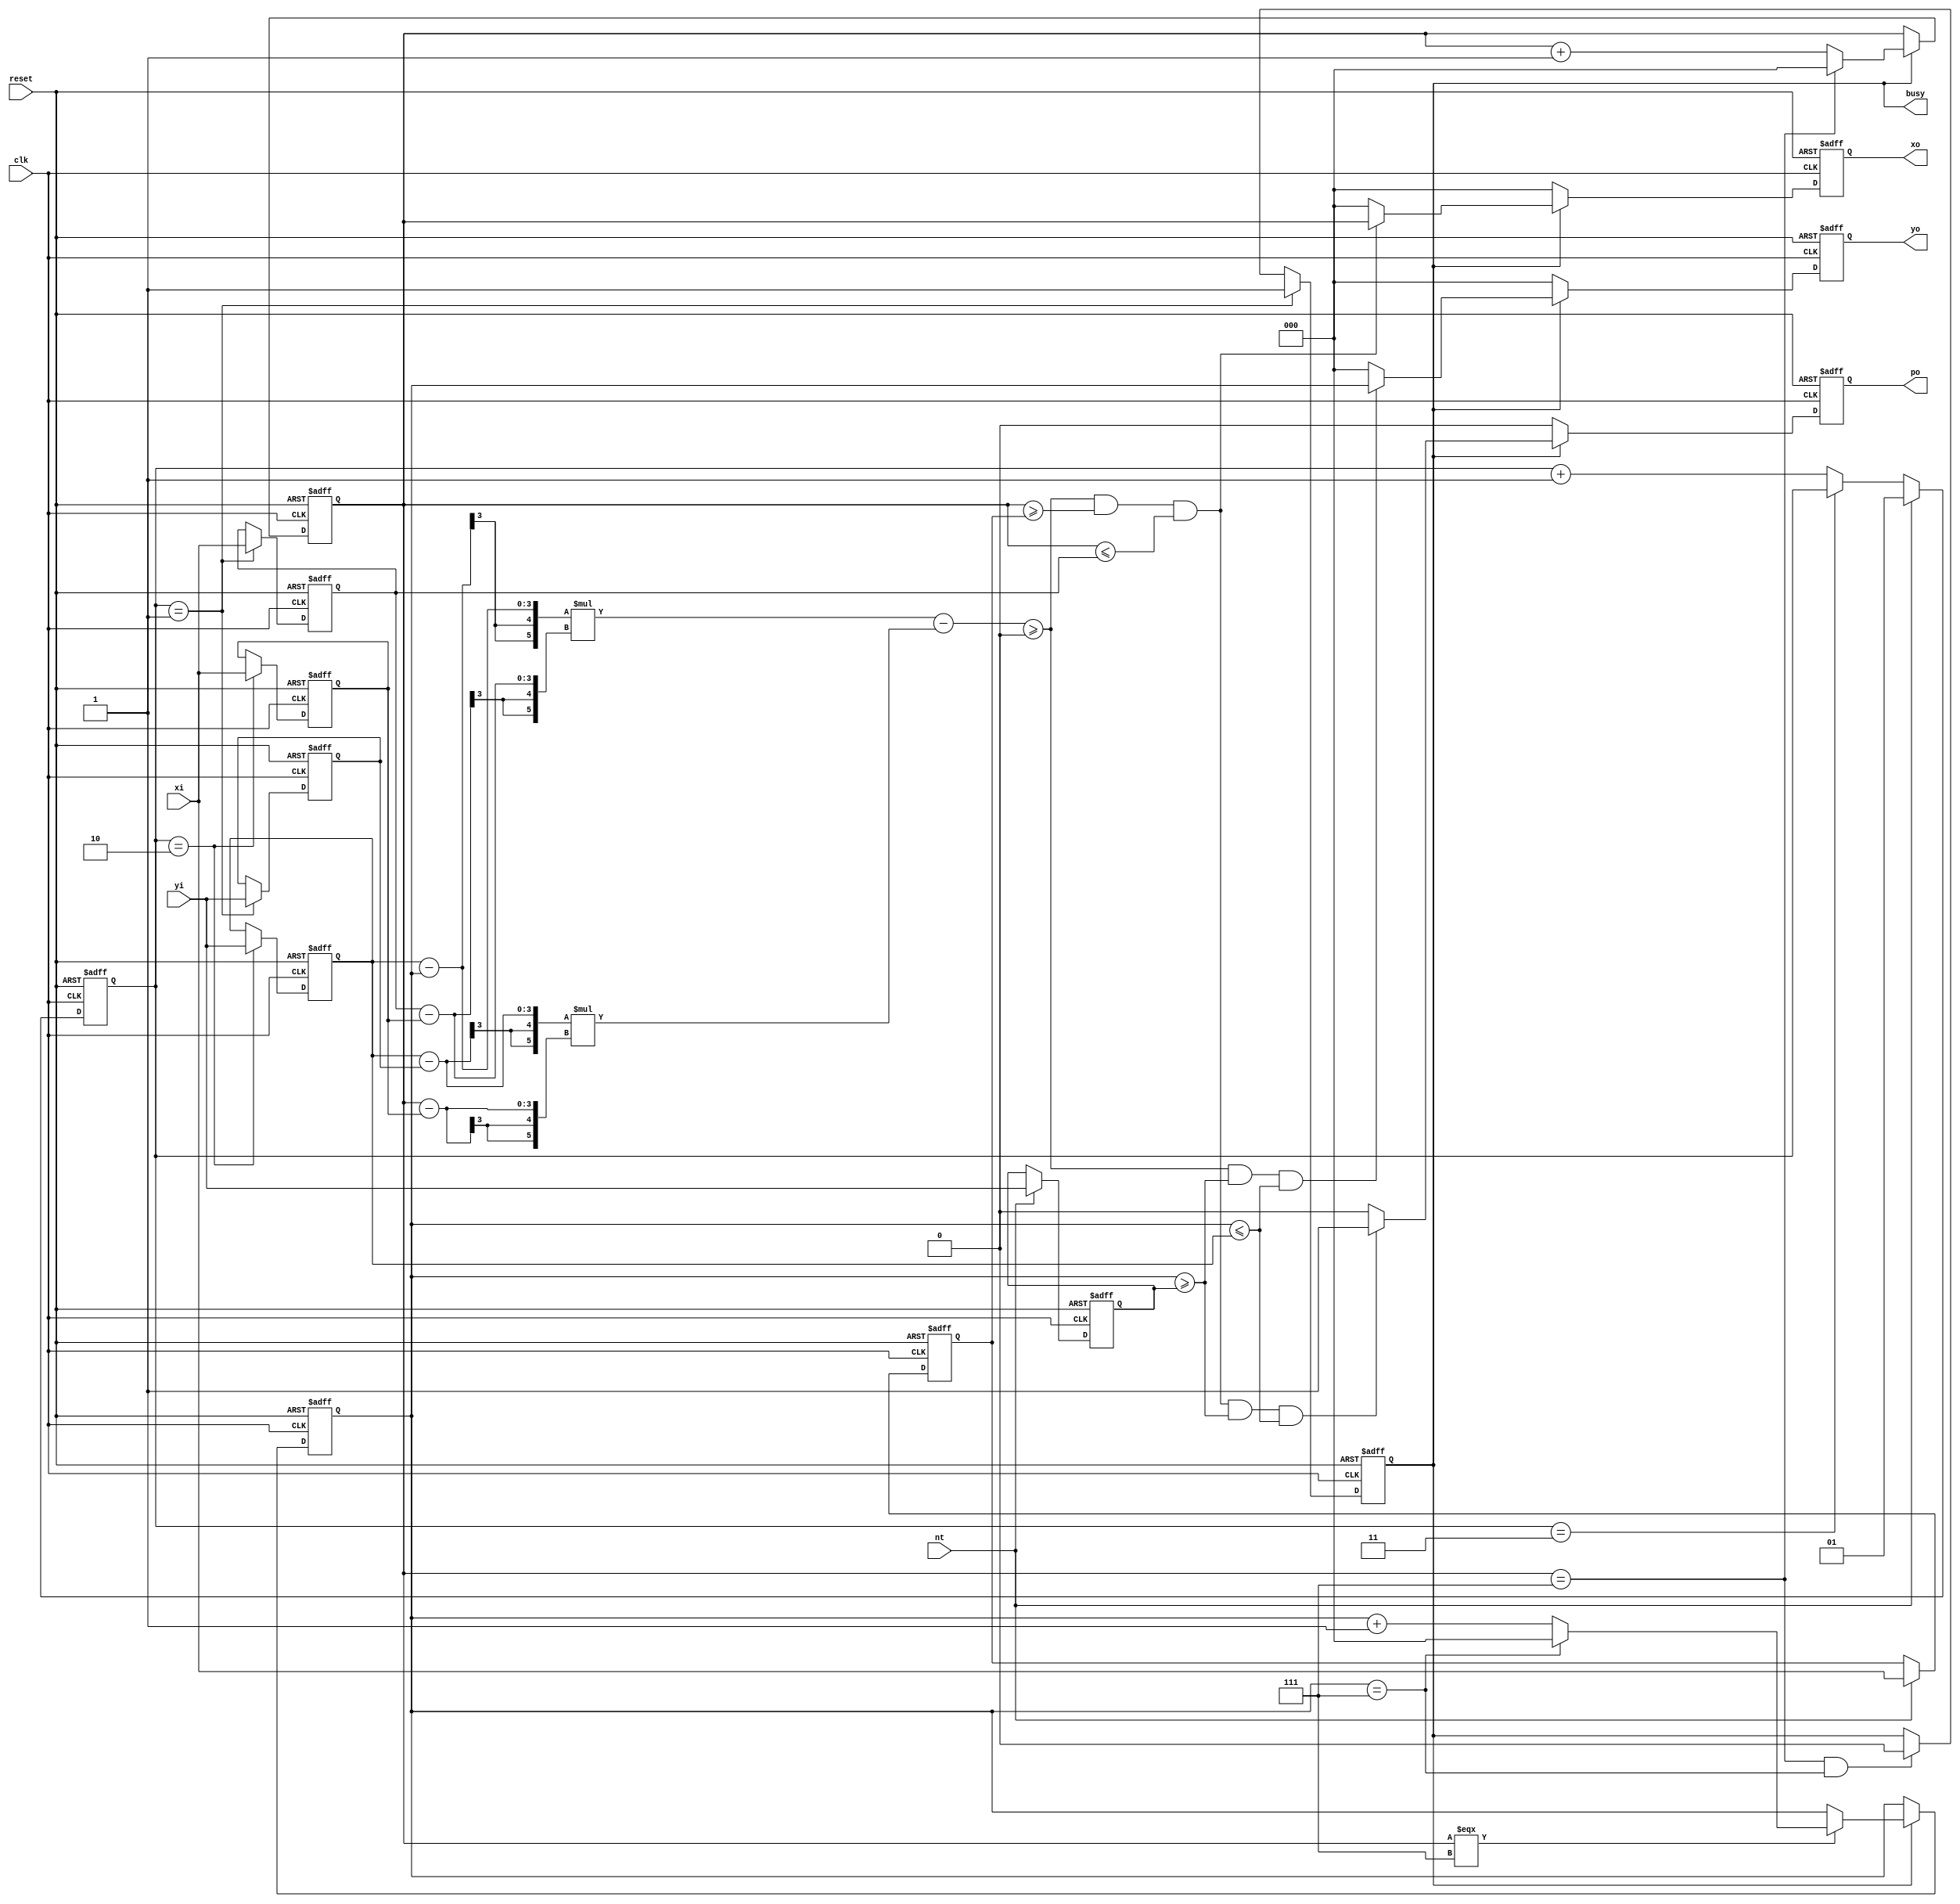
module triangle (clk, reset, nt, xi, yi, busy, po, xo, yo);
  input clk, reset, nt;
  input [2:0] xi, yi;
  output busy, po;
  output [2:0] xo, yo;
  

reg [2:0] x1, x2, x3, y1, y2, y3;
reg busy,po;
reg [2:0] xo, yo;
reg [1:0] in_cnt;
reg [2:0] x_cnt,y_cnt;


wire signed [5:0] minus;
assign minus = ( ( y3 - y_cnt )*(x2 - x3) - (y3 -y2 )*(x_cnt - x3));
wire check;
assign check = minus >= 0;


always@(posedge clk or posedge reset)
begin
  if(reset)
    busy <= 0;
  else if(in_cnt == 2'b01)
    busy <= 1;
  else if(x_cnt == 3'b111 && y_cnt == 3'b111)
    busy <= 0;
end

always@(posedge clk or posedge reset)
begin
  if(reset)
    in_cnt <= 0;
  else if(nt)
    in_cnt <= 1;
  else
    in_cnt <= in_cnt == 2'b11 ? in_cnt : in_cnt + 1;
end

always@(posedge clk or posedge reset)
begin
  if(reset)
    x_cnt <= 0;
  else if(busy)
    x_cnt <= x_cnt == 3'b111 ? 0 : x_cnt + 1;
  
    
end

always@(posedge clk or posedge reset)
begin
  if(reset)
    y_cnt <= 0;
  else if(busy)
    if(x_cnt === 3'b111)
      y_cnt <= y_cnt == 3'b111 ? 0 : y_cnt + 1;
  
end

always@(posedge clk or posedge reset)
begin
  if(reset)
    x1 <= 0;
  else if(nt)
    x1 <= xi;
end

always@(posedge clk or posedge reset)
begin
  if(reset)
    x2 <= 0;
  else if(in_cnt == 2'b01)
    x2 <= xi;
end

always@(posedge clk or posedge reset)
begin
  if(reset)
    x3 <= 0;
  else if(in_cnt == 2'b10)
    x3 <= xi;
end

always@(posedge clk or posedge reset)
begin
  if(reset)
    y1 <= 0;
  else if(nt)
    y1 <= yi;
end

always@(posedge clk or posedge reset)
begin
  if(reset)
    y2 <= 0;
  else if(in_cnt == 2'b01)
    y2 <= yi;
end

always@(posedge clk or posedge reset)
begin
  if(reset)
    y3 <= 0;
  else if(in_cnt == 2'b10)
    y3 <= yi;
end

always@(posedge clk or posedge reset)
begin
  if(reset)
    xo <= 0;
  else if(busy)
    if(check  && x_cnt >= x1 && x_cnt <= x2)
      xo <= x_cnt;
    else
      xo <= 0;
  else
      xo <= 0;
end

always@(posedge clk or posedge reset)
begin
  if(reset)
    yo <= 0;
  else if(busy)
    if(check && y_cnt >= y1 && y_cnt <= y3)
      yo <= y_cnt;
    else
      yo <= 0;
  else
      yo <= 0;
end

always@(posedge clk or posedge reset)
begin
  if(reset)
    po <= 0;
  else if(busy)
    if(check  && x_cnt >= x1 && x_cnt <= x2 && y_cnt >= y1 && y_cnt <= y3)
      po <= 1;
    else
      po <= 0;
  else  
    po <= 0;
end


endmodule